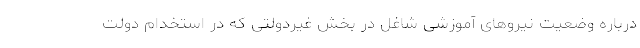
درباره وضعیت نیروهای آموزشی شاغل در بخش غیردولتی که در استخدام دولت